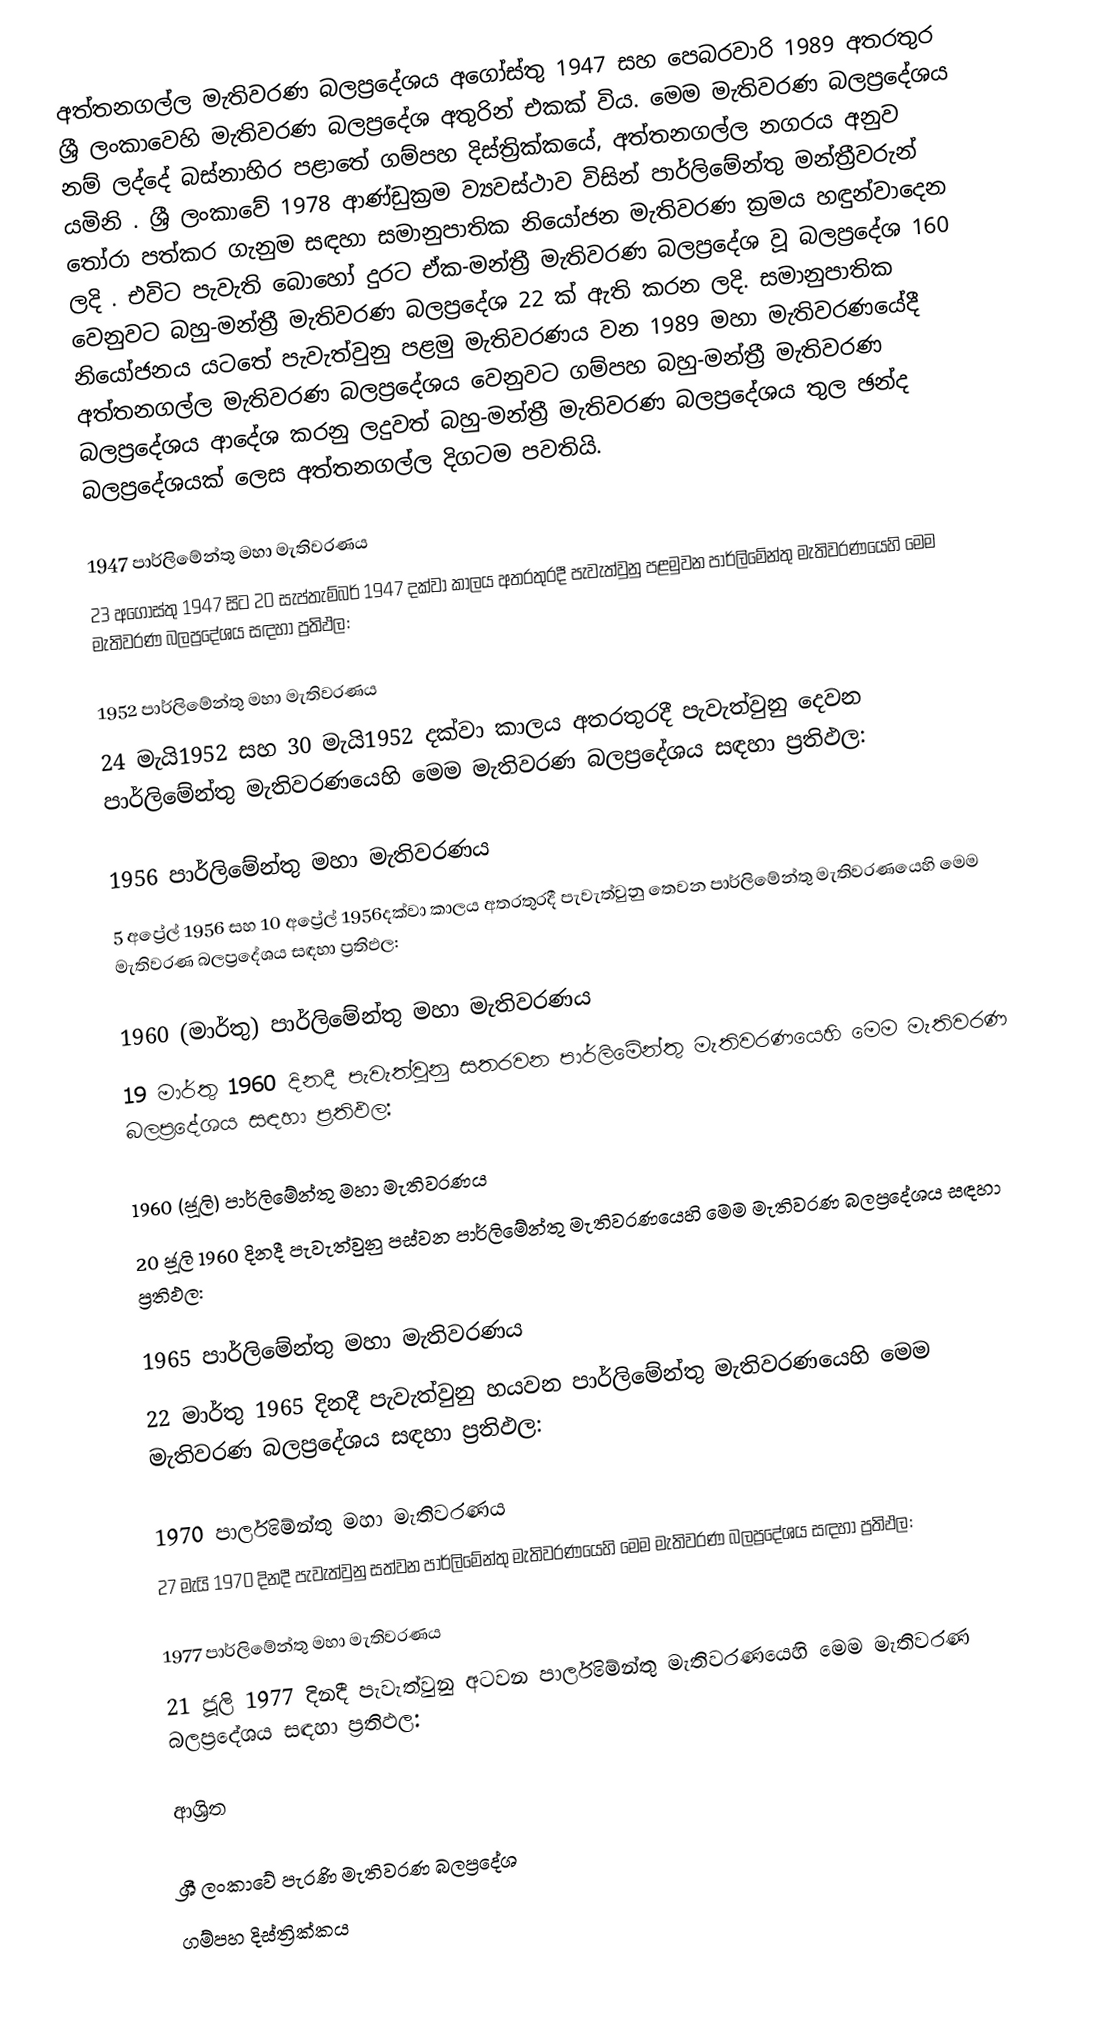
අත්තනගල්ල මැතිවරණ බලප්‍රදේශය  අගෝස්තු 1947 සහ පෙබරවාරි 1989 අතරතුර  ශ්‍රී ලංකාවෙහි  මැතිවරණ බලප්‍රදේශ අතුරින් එකක් විය. මෙම මැතිවරණ බලප්‍රදේශය නම් ලද්දේ බස්නාහිර පළාතේ ගම්පහ දිස්ත්‍රික්කයේ,  අත්තනගල්ල නගරය අනුව යමිනි . ශ්‍රී ලංකාවේ 1978 ආණ්ඩුක්‍රම ව්‍යවස්ථාව විසින්   පාර්ලිමේන්තු මන්ත්‍රීවරුන් තෝරා පත්කර ගැනුම සඳහා සමානුපාතික නියෝජන මැතිවරණ ක්‍රමය හඳුන්වාදෙන ලදි . එවිට පැවැති බොහෝ දුරට  ඒක-මන්ත්‍රී මැතිවරණ බලප්‍රදේශ වූ බලප්‍රදේශ 160 වෙනුවට බහු-මන්ත්‍රී මැතිවරණ බලප්‍රදේශ 22 ක් ඇති කරන ලදි. සමානුපාතික නියෝජනය යටතේ පැවැත්වුනු පළමු මැතිවරණය වන 1989 මහා මැතිවරණයේදී  අත්තනගල්ල මැතිවරණ බලප්‍රදේශය වෙනුවට ගම්පහ බහු-මන්ත්‍රී මැතිවරණ බලප්‍රදේශය  ආදේශ කරනු ලදුවත් බහු-මන්ත්‍රී මැතිවරණ බලප්‍රදේශය තුල ඡන්ද බලප්‍රදේශයක් ලෙස අත්තනගල්ල දිගටම පවතියි.

1947 පාර්ලිමේන්තු මහා මැතිවරණය
23 අගෝස්තු 1947 සිට 20 සැප්තැම්බර් 1947 දක්වා කාලය අතරතුරදී පැවැත්වුනු  පළමුවන පාර්ලිමේන්තු මැතිවරණයෙහි මෙම මැතිවරණ බලප්‍රදේශය සඳහා ප්‍රතිඵල:

1952 පාර්ලිමේන්තු මහා මැතිවරණය
24 මැයි1952 සහ 30 මැයි1952 දක්වා කාලය අතරතුරදී පැවැත්වුනු  දෙවන පාර්ලිමේන්තු මැතිවරණයෙහි මෙම මැතිවරණ බලප්‍රදේශය සඳහා ප්‍රතිඵල:

1956 පාර්ලිමේන්තු මහා මැතිවරණය
5 අප්‍රේල් 1956 සහ 10 අප්‍රේල් 1956දක්වා කාලය අතරතුරදී පැවැත්වුනු  තෙවන පාර්ලිමේන්තු මැතිවරණයෙහි මෙම මැතිවරණ බලප්‍රදේශය සඳහා ප්‍රතිඵල:

1960 (මාර්තු) පාර්ලිමේන්තු මහා මැතිවරණය
19 මාර්තු 1960 දිනදී පැවැත්වුනු  සතරවන පාර්ලිමේන්තු මැතිවරණයෙහි මෙම මැතිවරණ බලප්‍රදේශය සඳහා ප්‍රතිඵල:

1960 (ජූලි) පාර්ලිමේන්තු මහා මැතිවරණය
20 ජූලි 1960 දිනදී පැවැත්වුනු  පස්වන පාර්ලිමේන්තු මැතිවරණයෙහි මෙම මැතිවරණ බලප්‍රදේශය සඳහා ප්‍රතිඵල:

1965 පාර්ලිමේන්තු මහා මැතිවරණය
22 මාර්තු 1965  දිනදී පැවැත්වුනු  හයවන පාර්ලිමේන්තු මැතිවරණයෙහි මෙම මැතිවරණ බලප්‍රදේශය සඳහා ප්‍රතිඵල:

1970 පාර්ලිමේන්තු මහා මැතිවරණය
27 මැයි 1970 දිනදී පැවැත්වුනු  සත්වන පාර්ලිමේන්තු මැතිවරණයෙහි මෙම මැතිවරණ බලප්‍රදේශය සඳහා ප්‍රතිඵල:

1977 පාර්ලිමේන්තු මහා මැතිවරණය
21 ජූලි 1977 දිනදී පැවැත්වුනු  අටවන පාර්ලිමේන්තු මැතිවරණයෙහි මෙම මැතිවරණ බලප්‍රදේශය සඳහා ප්‍රතිඵල:

ආශ්‍රිත

ශ්‍රී ලංකාවේ පැරණි මැතිවරණ බලප්‍රදේශ
ගම්පහ දිස්ත්‍රික්කය